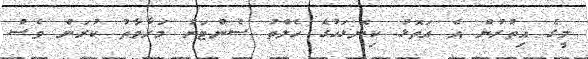
މީގެ އިތުރުން އެ އަތޮޅު ކިނޮޅަހުގެ ހެލްތު ސެންޓަރު މަރާމާތު ކުރަން ވެސް